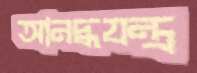
আনদ্ধযন্ত্র